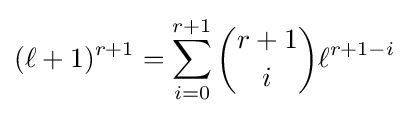
(\ell +1)^{r+1}=\sum _{i=0}^{r+1}{\binom {r+1}{i}}\ell ^{r+1-i}